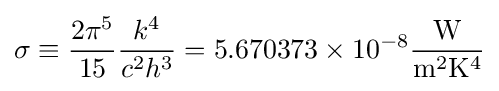
\sigma \equiv {\frac {2\pi ^{5}}{15}}{\frac {k^{4}}{c^{2}h^{3}}}=5.670373\times 10^{-8}\mathrm {\frac {W}{m^{2}K^{4}}}